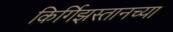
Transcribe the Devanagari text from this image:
किर्गिझस्तानच्या